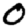
Digit: 0